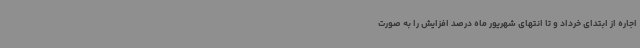
اجاره از ابتدای خرداد و تا انتهای شهریور ماه درصد افزایش را به صورت